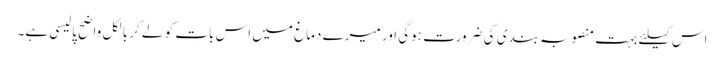
اس کیلئے بہت منصوبہ بندی کی ضرورت ہوگی اور میرے دماغ میں اس بات کو لے کر بالکل واضح پالیسی ہے۔